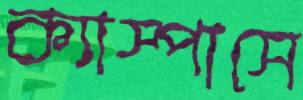
ক্যাস্পাসে